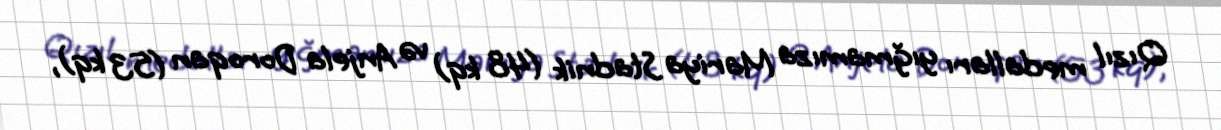
Qızıl medalları yığmamıza Mariya Stadnik (48 kq) və Anjela Doroqan (53 kq),